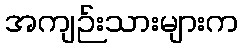
အကျဉ်းသားများက